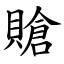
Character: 賶